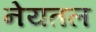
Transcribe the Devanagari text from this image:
नेयतल